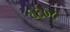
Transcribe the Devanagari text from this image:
६६०८